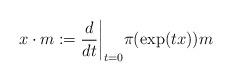
LaTeX: \begin{align*}x\cdot m:=\frac{d}{dt}\bigg|_{t=0}\pi(\exp(tx))m\end{align*}